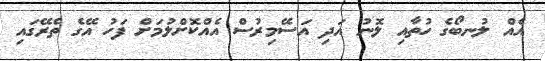
އެއް ލުނބޯގެ ހުތާއި ލޮނު އަދި އަސޭމިރުސް އެއްކޮށްލުމަށް ފަހު އޭގެ ތެރޭގައި